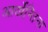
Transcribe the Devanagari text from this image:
आर्खेन्तिना